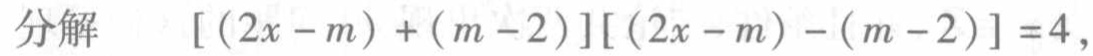
分解\([(2x - m)+(m - 2)][(2x - m)-(m - 2)] = 4\)，